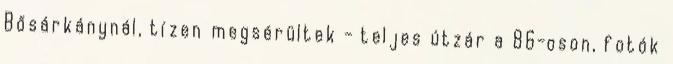
Bősárkánynál, tízen megsérültek - teljes útzár a 86-oson, fotók